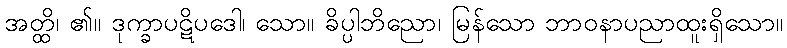
အတ္ထိ၊ ၏။ ဒုက္ခာပဋိပဒေါ၊ သော။ ခိပ္ပါဘိညော၊ မြန်သော ဘာဝနာပညာထူးရှိသော။